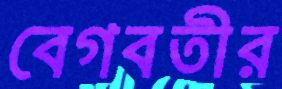
বেগবতীর